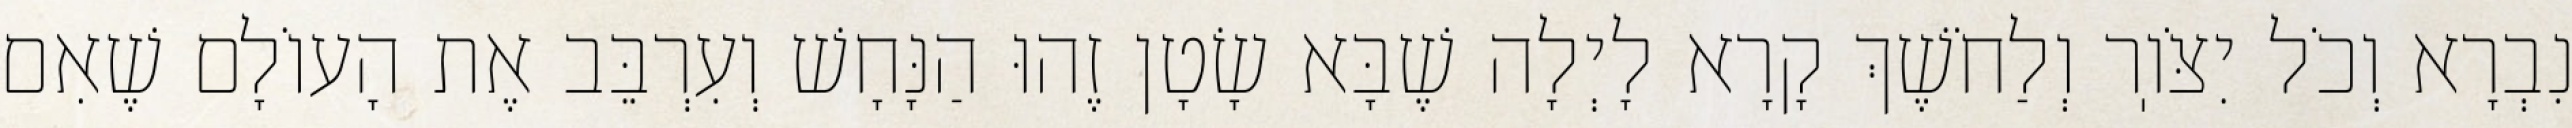
נִבְרָא וְכֹל יִצֹּוֽר וְלַחֹשֶׁךְ קָרָא לָיְלָה שֶׁבָּא שָׂטָן זֶהוּ הַנָּחָשׁ וְעִרְבֵּב אֶת הָעוֹלָם שֶׁאִם